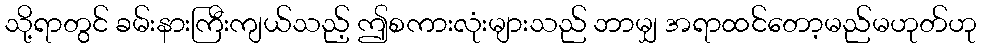
သို့ရာတွင် ခမ်းနားကြီးကျယ်သည့် ဤစကားလုံးများသည် ဘာမျှ အရာထင်တော့မည်မဟုတ်ဟု